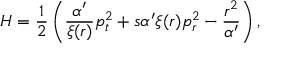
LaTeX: H = \frac { 1 } { 2 } \left( \frac { \alpha ^ { \prime } } { \xi ( r ) } p _ { t } ^ { 2 } + s \alpha ^ { \prime } \xi ( r ) p _ { r } ^ { 2 } - \frac { r ^ { 2 } } { \alpha ^ { \prime } } \right) ,